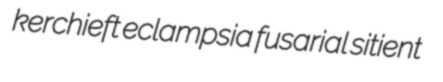
kerchieft eclampsia fusarial sitient